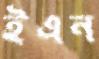
ইএন